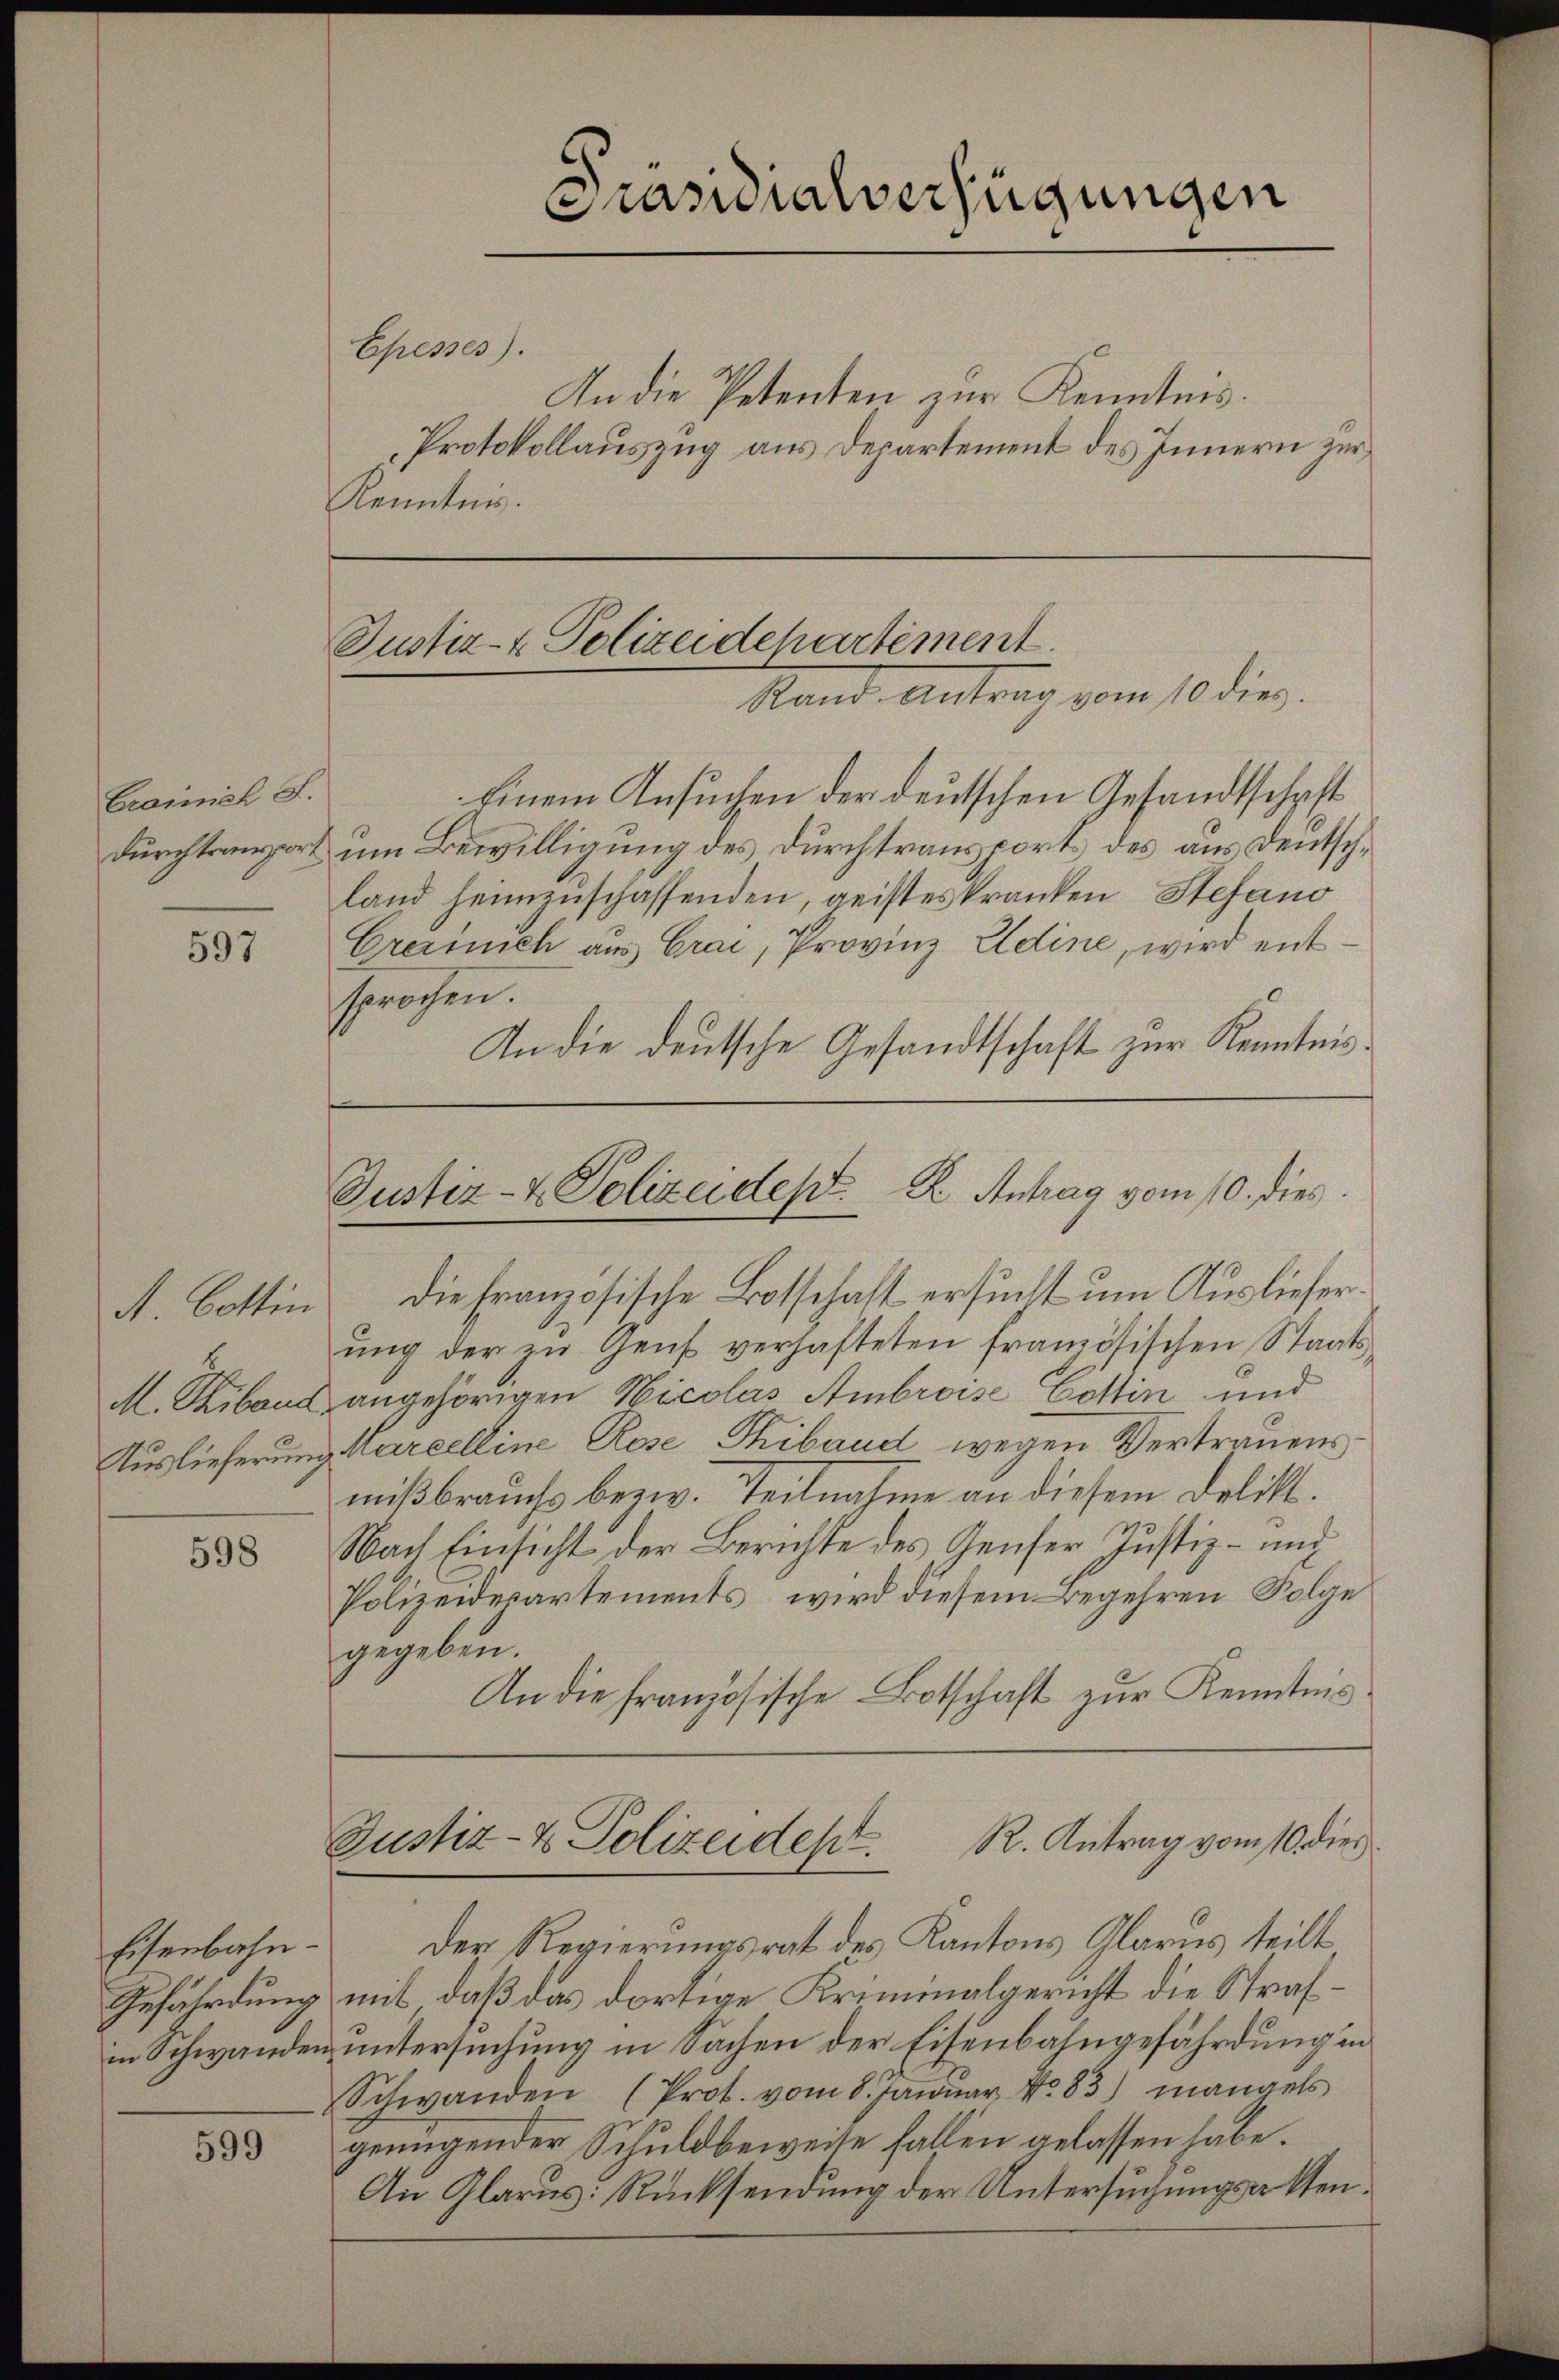
Cramel S.

597

A. Bottin
8

598

Eisenbahn-

599

die französische Botschaft ersucht um Auslieferŭng der zŭ Gens verhafteten französischen Staats-
M. Riband angehörigen Nicolas Ambroise Cottin und
Auslieferung Marcelline Rose Thibaud wegen Vertrauens
mißbrauchs bezw. Teilnahme an diesem Delikt.
Nach Einsicht der Berichte des Genfer Justiz- und
Polizeidepartements, wird diesem Begehren Folge
gegeben.
An die französische Botschaft zur Kenntnis.
R. Antrag vom 10. dies
Justiz- & Polizeidep
Der Regierungsrat des Kantons Glarus teilt
Gefährdung mit, daß das dortige Kriminalgericht die Strafin Schwanden untersuchung in Sachen der Eisenbahngefährdung in
Schwanden (Prot. vom 8. Januar No. 83) mangels
genügender Schuldbeweise fallen gelassen habe.
An Glarus: Rücksendung der Untersuchungsakten¬

Präsidialverfügungen

Epesses).
An die Petenten zur Kenntnis.
Protokollauszug aus Departement des Innern zur
Kenntnis.

Justiz- & Polizeidepartement
Rand Antrag vom 10 dies.

Einem Ansuchen der deutschen Gesandtschaft
durchtransport um Bewilligung des Durchtransport des aus Deutschland heimzuschaffenden, geisteskranken Stefano
Crerisch aus Grai, Provinz Edine, wird entsprochen.
An die deutsche Gesandtschaft zur Kenntnis.

Justiz- & Polizeides K. Antrag vom 10. dies